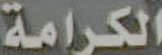
الكرامة